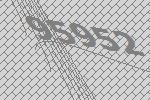
95952